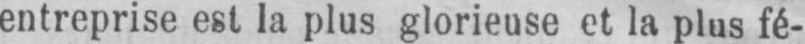
entreprise est la plus glorieuse et la plus fé-